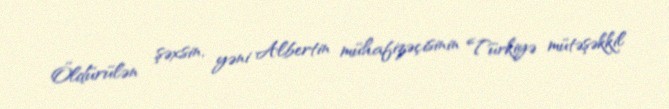
Öldürülən şəxsin, yəni Albertin mühafizəçisinin Türkiyə mütəşəkkil